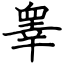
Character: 睾